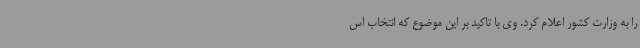
را به وزارت کشور اعلام کرد. وی با تاکید بر این موضوع که انتخاب اس